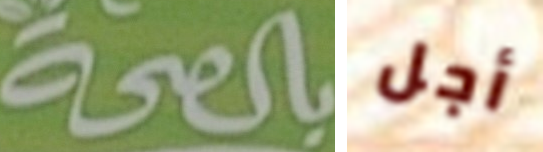
بالصحة أجل